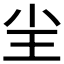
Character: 𡭤